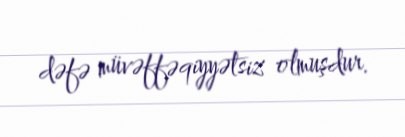
dəfə müvəffəqiyyətsiz olmuşdur.